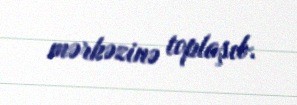
mərkəzinə toplaşıb.